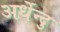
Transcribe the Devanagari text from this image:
अर्धेन्दु